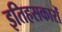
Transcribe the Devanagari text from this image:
इतिहसकारों